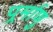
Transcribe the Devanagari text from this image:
पर्र्माणु